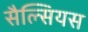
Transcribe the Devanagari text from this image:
सैल्सियस